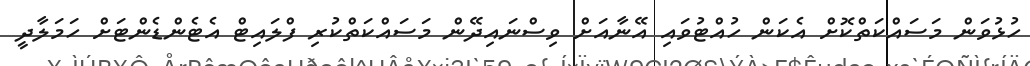
ހުޅުވަން މަސައްކަތްކޮށް އެކަން ހުއްޓުވައި އޭނާއަށް ވިސްނައިދޭން މަސައްކަތްކުރި ފްލައިޓް އެޓެންޑެންޓަށް ހަމަލާދީ